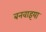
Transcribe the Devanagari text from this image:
बनवाइया